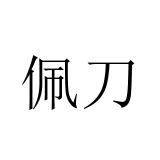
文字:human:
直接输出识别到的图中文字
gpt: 佩刀